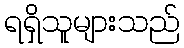
ရရှိသူများသည်